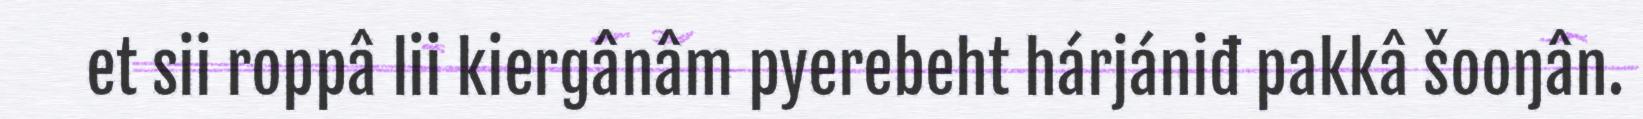
et sii roppâ lii kiergânâm pyerebeht hárjániđ pakkâ šooŋân.